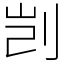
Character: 剀